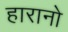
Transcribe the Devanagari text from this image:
हारानो